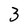
Character: 3